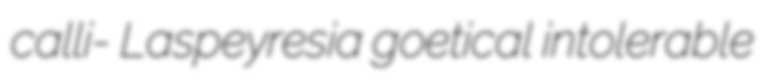
calli- Laspeyresia goetical intolerable